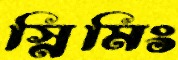
স্নিমিং